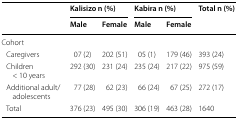
<table><thead><tr><td rowspan="2"></td><td colspan="2"><b>Kalisizo n (%)</b></td><td colspan="2"><b>Kabira n (%)</b></td><td rowspan="2"><b>Total n (%)</b></td></tr><tr><td><b>Male</b></td><td><b>Female</b></td><td><b>Male</b></td><td><b>Female</b></td></tr></thead><tbody><tr><td colspan="6">Cohort</td></tr><tr><td> Caregivers</td><td>07 (2)</td><td>202 (51)</td><td>05 (1)</td><td>179 (46)</td><td>393 (24)</td></tr><tr><td> Children &lt; 10 years</td><td>292 (30)</td><td>231 (24)</td><td>235 (24)</td><td>217 (22)</td><td>975 (59)</td></tr><tr><td> Additional adult/adolescents</td><td>77 (28)</td><td>62 (23)</td><td>66 (24)</td><td>67 (25)</td><td>272 (17)</td></tr><tr><td> Total</td><td>376 (23)</td><td>495 (30)</td><td>306 (19)</td><td>463 (28)</td><td>1640</td></tr></tbody></table>